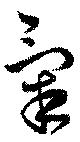
気